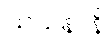
သယနာနိ